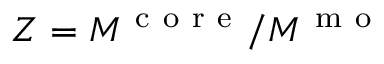
Z = M ^ { \mathrm { ~ c ~ o ~ r ~ e ~ } } / M ^ { \mathrm { ~ m ~ o ~ } }